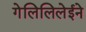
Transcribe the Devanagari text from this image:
गेलिलिलेईने